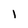
Character: 1